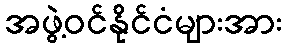
အဖွဲ့ဝင်နိုင်ငံများအား